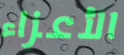
الأعزاء